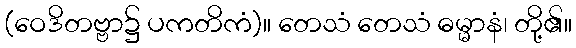
(ဝေဒိတဗ္ဗာ၌ ပကတိကံ)။ တေသံ တေသံ ဓမ္မာနံ၊ တို့၏။